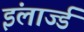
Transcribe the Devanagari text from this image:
इंलार्ज्ड